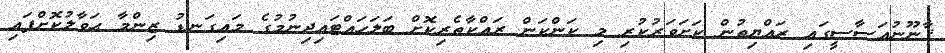
ޤާނޫނުއަސާސީގައި ރައްޔިތުން ކަށަވަރުކުރި މި ކަންކަން ރައްކާތެރިކޮށް ބަލަހައްޓައިދިނުމުގެ މައިގަނޑު ޒިންމާ ޙަވާލުކޮށްފައި